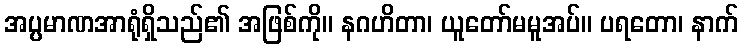
အပ္ပမာဏအာရုံရှိသည်၏ အဖြစ်ကို။ နဂဟိတာ၊ ယူတော်မမူအပ်။ ပရတော၊ နာက်